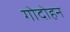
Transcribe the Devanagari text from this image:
गोदोहन